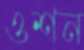
ওশন